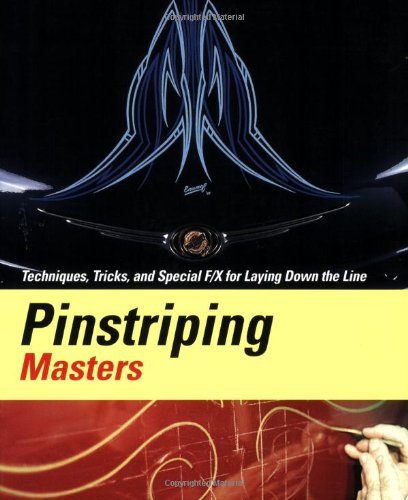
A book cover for Pinstriping Masters Techniques,Tricks,and Special F/X for Laying Down the Line; Craig Fraser; Arts & Photography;